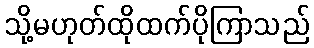
သို့မဟုတ်ထိုထက်ပိုကြာသည်